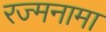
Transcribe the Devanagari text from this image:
रज्मनामा